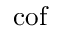
\operatorname { c o f }